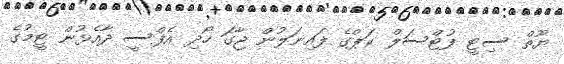
ޔޫތް ސިޓީ ފުޓްސަލް ކަޕްގެ ފައިނަލުން ޖާގަ ހޯދި އެފްސީ ދާއެޅުން ޓީމުގެ